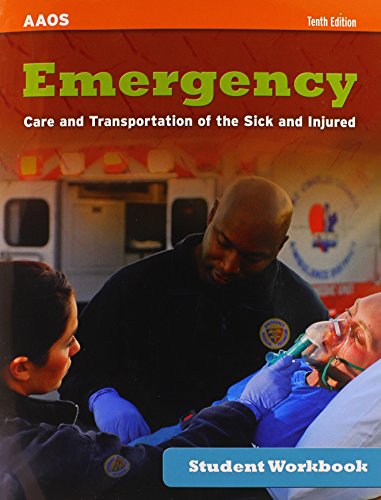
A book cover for Emergency Care And Transportation Of The Sick And Injured Student Workbook; American Academy of Orthopaedic Surgeons (AAOS); Medical Books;